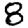
Digit: 8